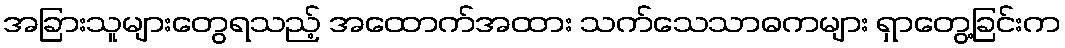
အခြားသူများတွေရသည့် အထောက်အထား သက်သေသာဓကများ ရှာတွေ့ခြင်းက